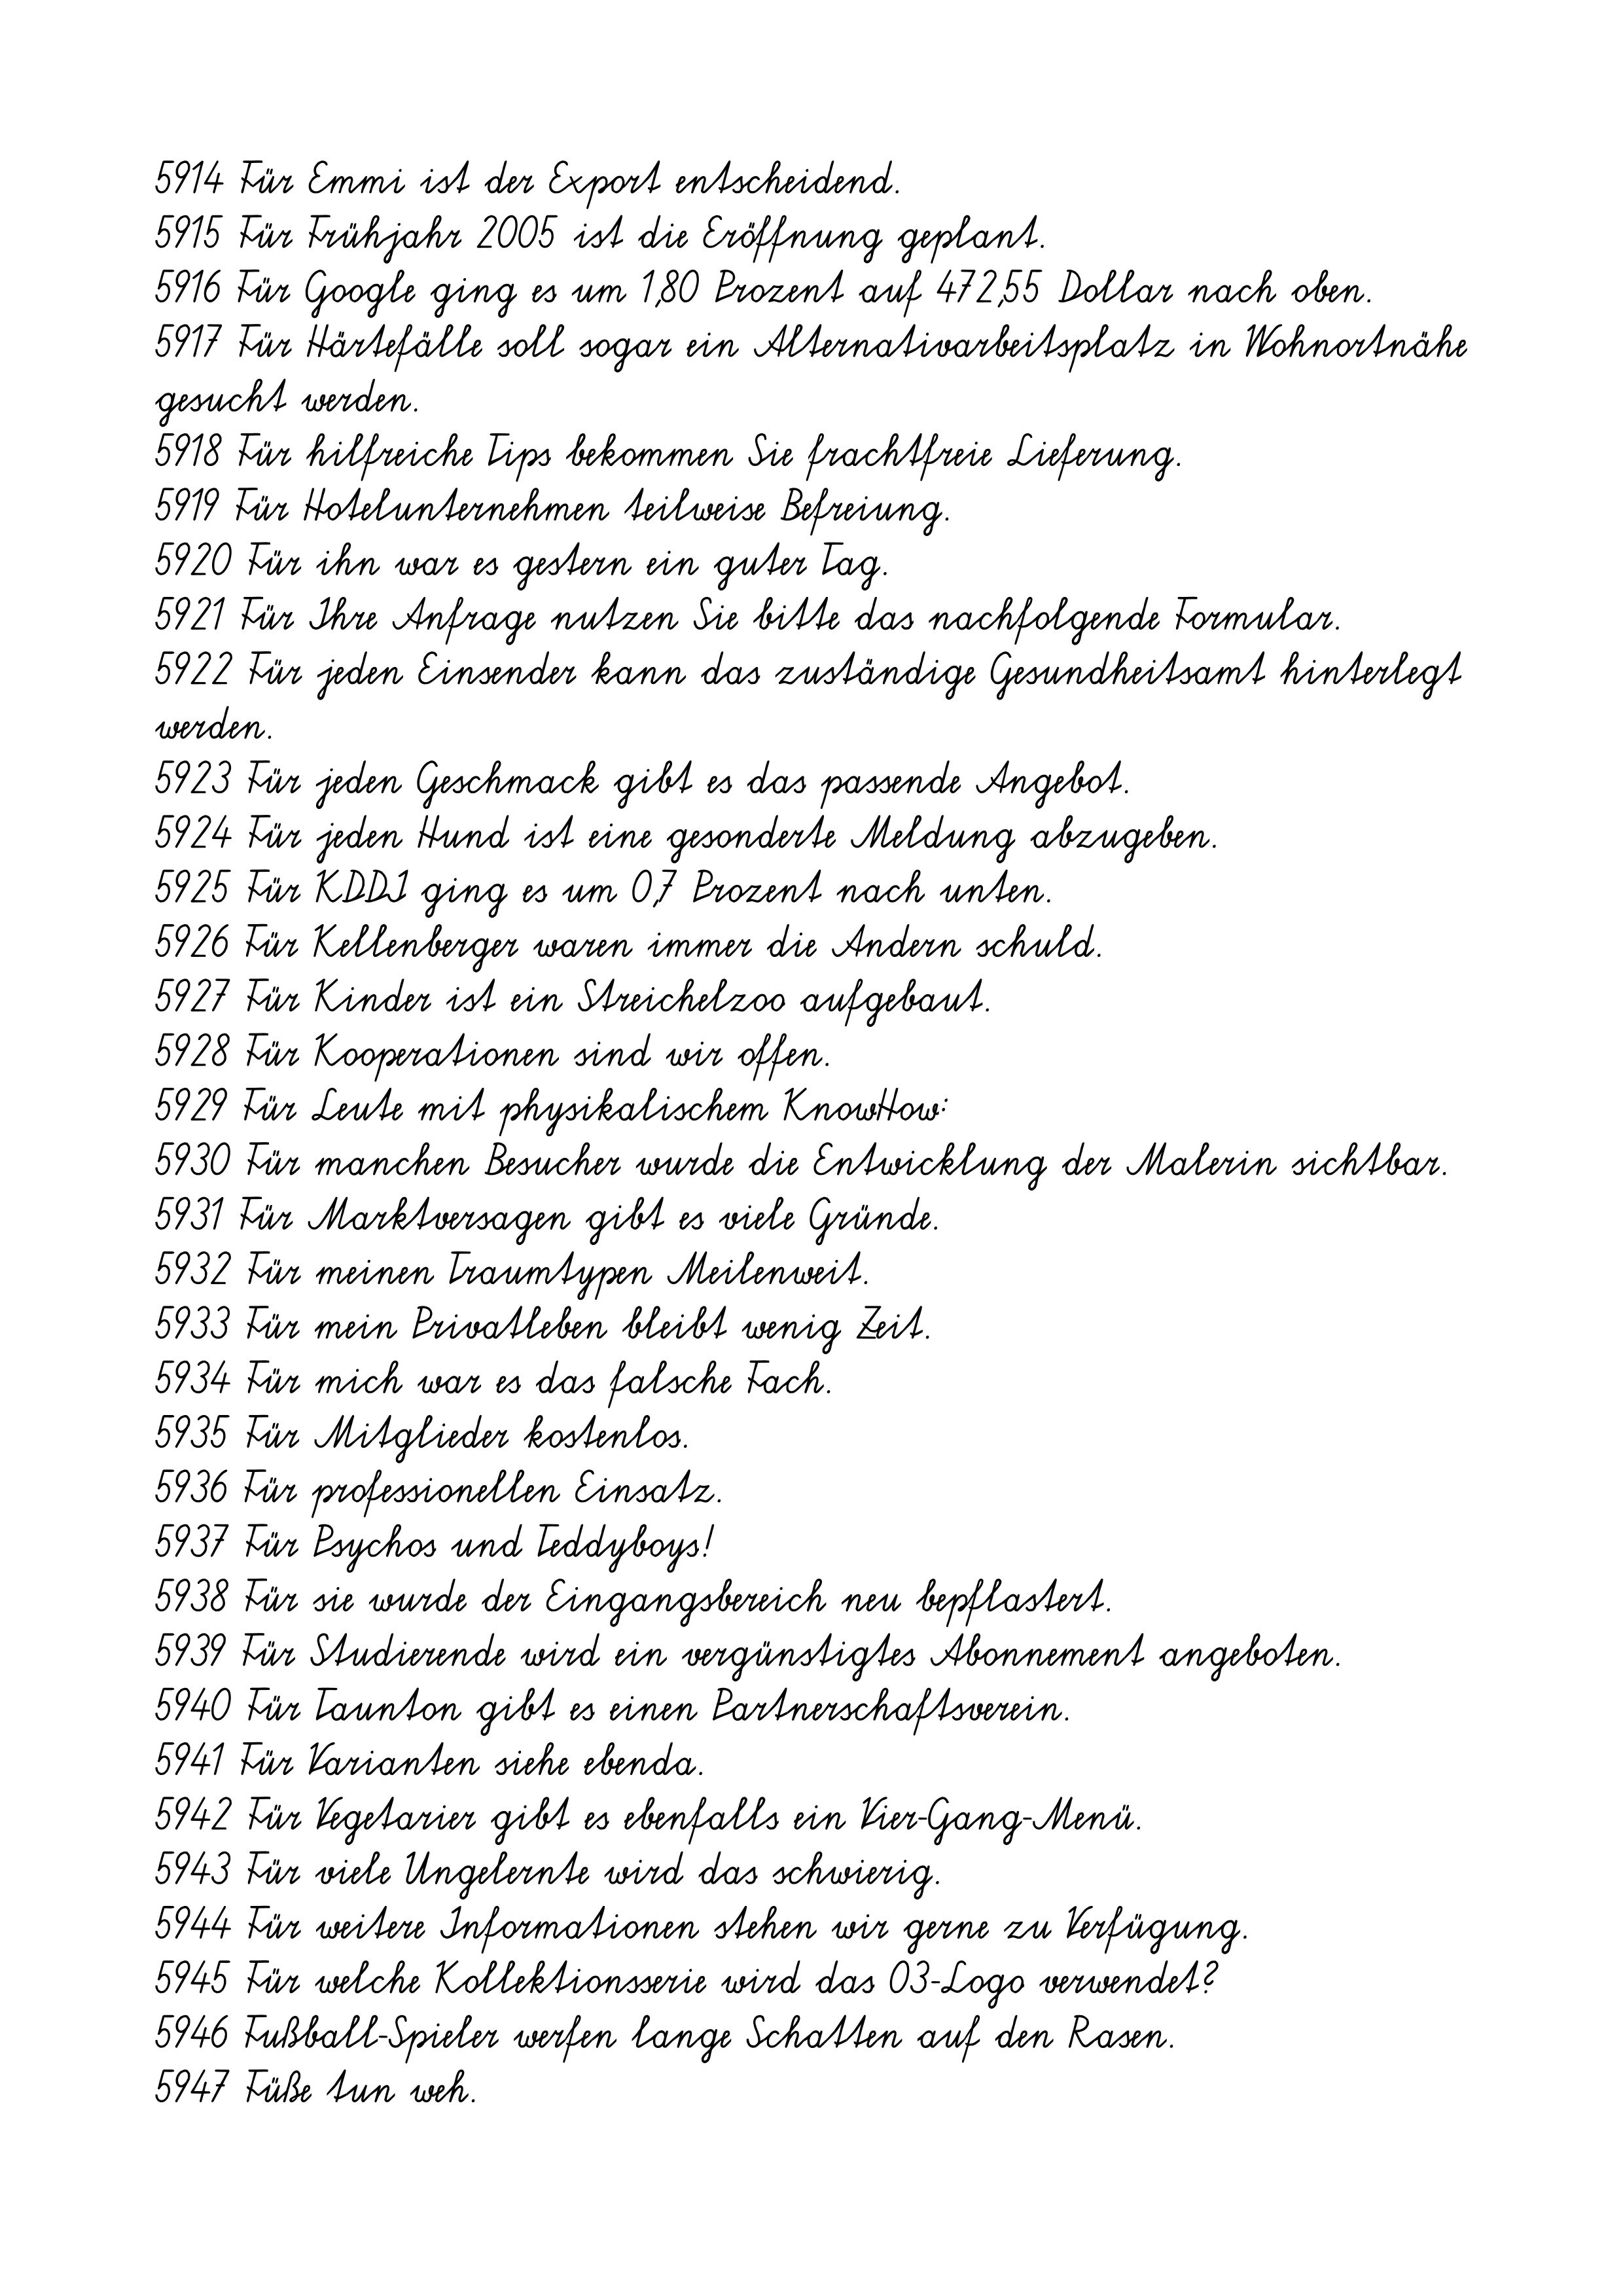
5914 Für Emmi ist der Export entscheidend.
5915 Für Frühjahr 2005 ist die Eröffnung geplant.
5916 Für Google ging es um 1,80 Prozent auf 472,55 Dollar nach oben.
5917 Für Härtefälle soll sogar ein Alternativarbeitsplatz in Wohnortnähe
gesucht werden.
5918 Für hilfreiche Tips bekommen Sie frachtfreie Lieferung.
5919 Für Hotelunternehmen teilweise Befreiung.
5920 Für ihn war es gestern ein guter Tag.
5921 Für Ihre Anfrage nutzen Sie bitte das nachfolgende Formular.
5922 Für jeden Einsender kann das zuständige Gesundheitsamt hinterlegt
werden.
5923 Für jeden Geschmack gibt es das passende Angebot.
5924 Für jeden Hund ist eine gesonderte Meldung abzugeben.
5925 Für KDDI ging es um 0,7 Prozent nach unten.
5926 Für Kellenberger waren immer die Andern schuld.
5927 Für Kinder ist ein Streichelzoo aufgebaut.
5928 Für Kooperationen sind wir offen.
5929 Für Leute mit physikalischem KnowHow:
5930 Für manchen Besucher wurde die Entwicklung der Malerin sichtbar.
5931 Für Marktversagen gibt es viele Gründe.
5932 Für meinen Traumtypen Meilenweit.
5933 Für mein Privatleben bleibt wenig Zeit.
5934 Für mich war es das falsche Fach.
5935 Für Mitglieder kostenlos.
5936 Für professionellen Einsatz.
5937 Für Psychos und Teddyboys!
5938 Für sie wurde der Eingangsbereich neu bepflastert.
5939 Für Studierende wird ein vergünstigtes Abonnement angeboten.
5940 Für Taunton gibt es einen Partnerschaftsverein.
5941 Für Varianten siehe ebenda.
5942 Für Vegetarier gibt es ebenfalls ein Vier-Gang-Menü.
5943 Für viele Ungelernte wird das schwierig.
5944 Für weitere Informationen stehen wir gerne zu Verfügung.
5945 Für welche Kollektionsserie wird das 03-Logo verwendet?
5946 Fußball-Spieler werfen lange Schatten auf den Rasen.
5947 Füße tun weh.